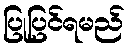
ပြုပြင်ရမည်